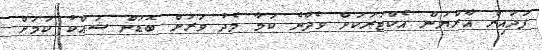
ފަދައިން އާރްޔަން އެކްޓަރަކަށް ވެދާނެ ކަމާ މެދު ވަރަށް ބޮޑަށް ޝައްކު ކަމަށް